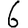
Digit: 6